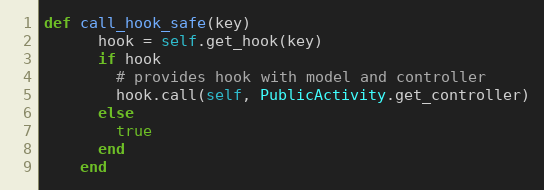
Language: Ruby
def call_hook_safe(key)
      hook = self.get_hook(key)
      if hook
        # provides hook with model and controller
        hook.call(self, PublicActivity.get_controller)
      else
        true
      end
    end